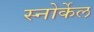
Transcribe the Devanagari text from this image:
स्नोर्केल